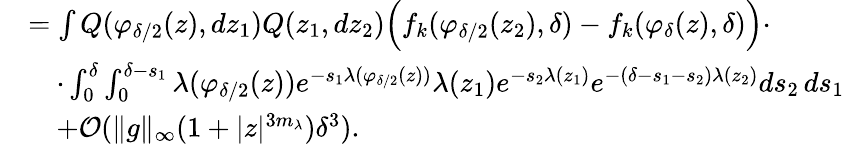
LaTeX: \begin{array}{rl}&{=\int Q(\varphi_{\delta/2}(z),dz_{1})Q(z_{1},dz_{2})\Big(f_{k}(\varphi_{\delta/2}(z_{2}),\delta)-f_{k}(\varphi_{\delta}(z),\delta)\Big)\cdot}\\ &{\quad\cdot\int_{0}^{\delta}\int_{0}^{\delta-s_{1}}\lambda(\varphi_{\delta/2}(z))e^{-s_{1}\lambda(\varphi_{\delta/2}(z))}\lambda(z_{1})e^{-s_{2}\lambda(z_{1})}e^{-(\delta-s_{1}-s_{2})\lambda(z_{2})}ds_{2}\, ds_{1}}\\ &{\quad+\mathcal{O}(\lVert g\rVert_{\infty}(1+\lvert z\rvert^{3m_{\lambda}})\delta^{3}).}\end{array}